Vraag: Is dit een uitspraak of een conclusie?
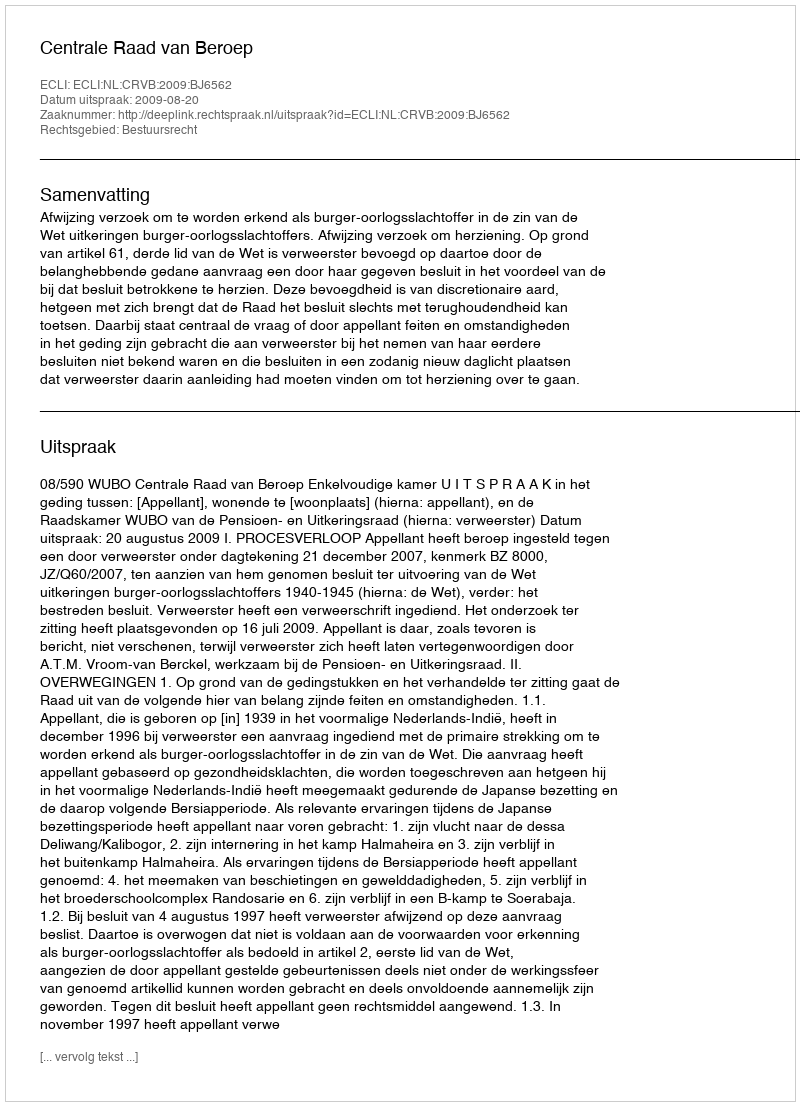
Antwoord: Uitspraak